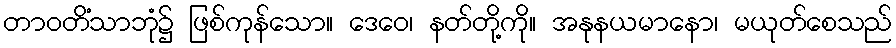
တာဝတိံသာဘုံ၌ ဖြစ်ကုန်သော။ ဒေဝေ၊ နတ်တို့ကို။ အနုနယမာနော၊ မယုတ်စေသည်